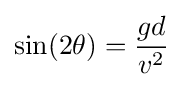
\sin(2\theta )={\frac {gd}{v^{2}}}